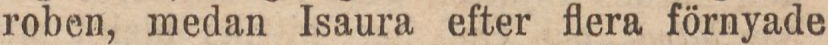
roben, medan Isaura efter flera förnyade